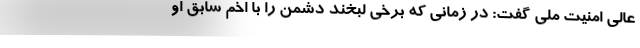
عالی امنیت ملی گفت: در زمانی که برخی لبخند دشمن را با اخم سابق او